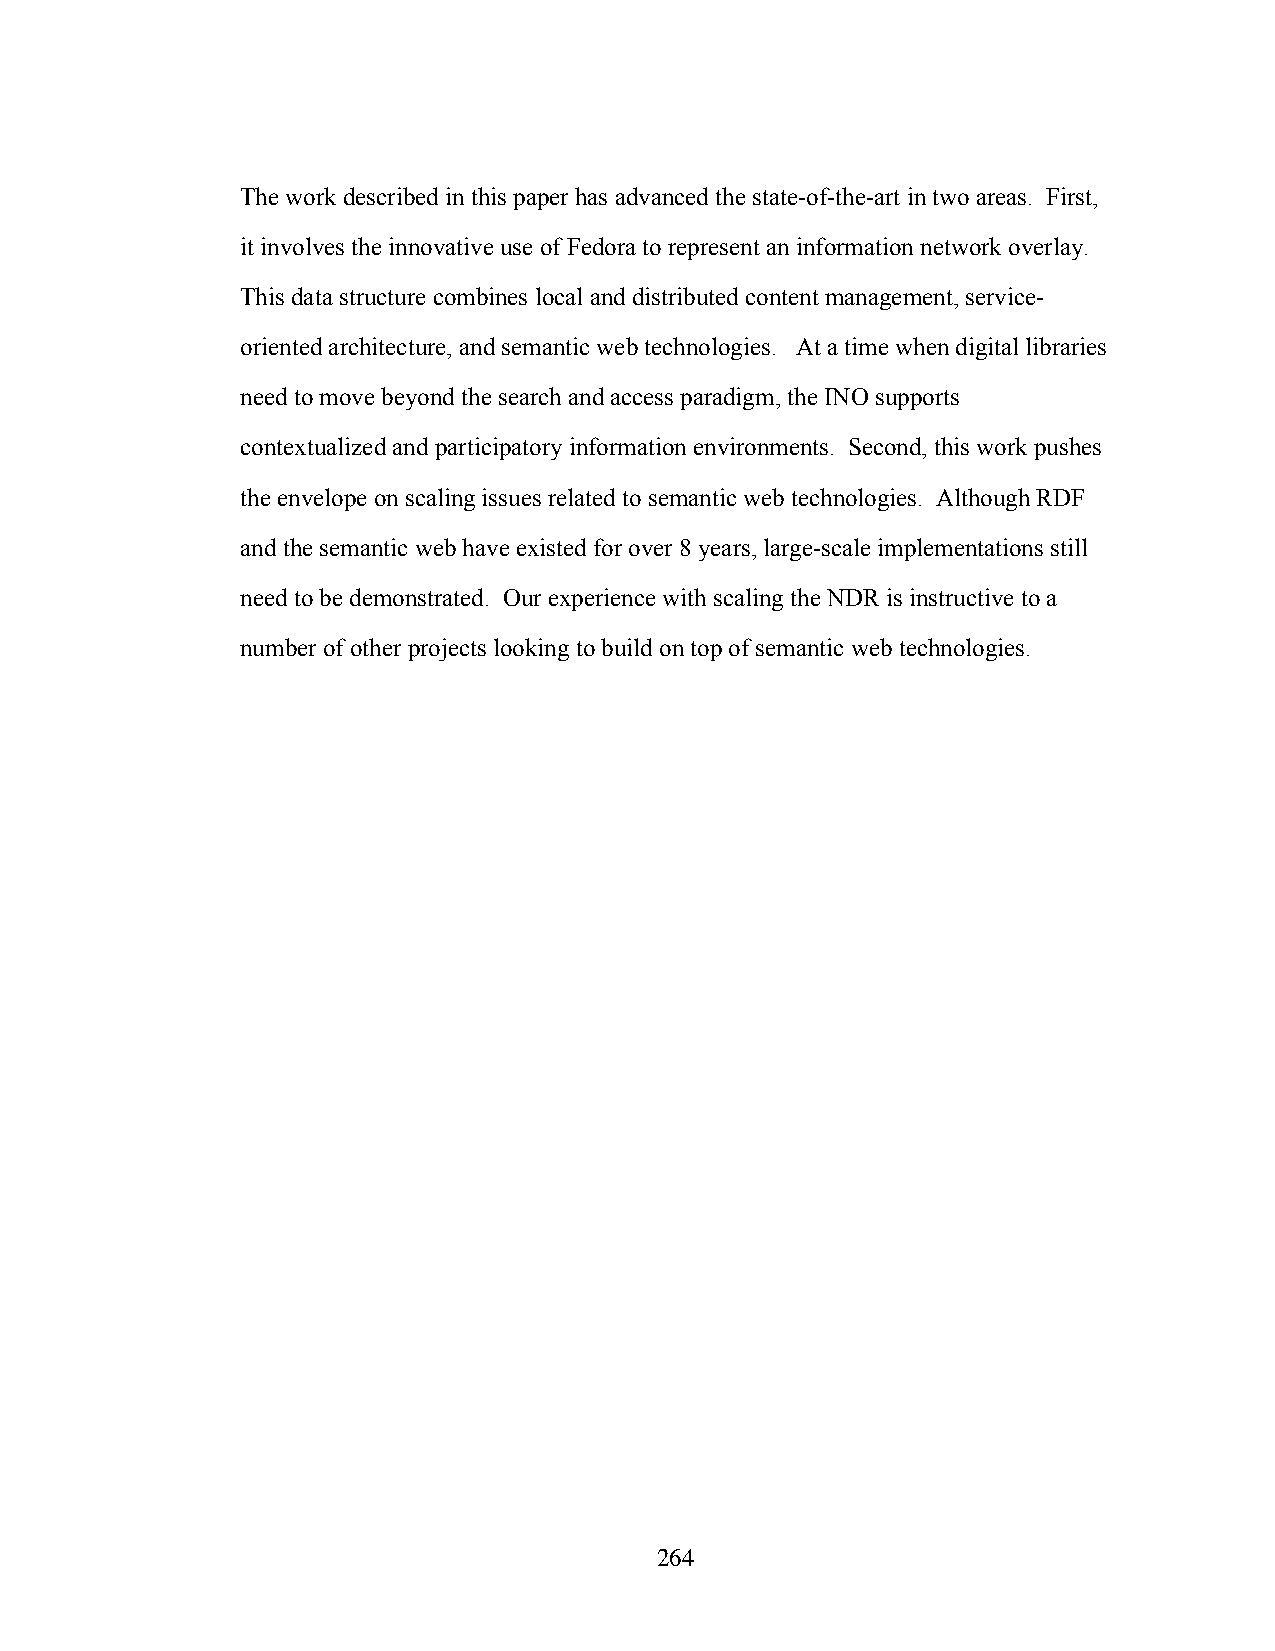
The work described in this paper has advanced the state-of-the-art in two areas. First,
 it involves the innovative use of Fedora to represent an information network overlay.
 This data structure combines local and distributed content management, service-
 oriented architecture, and semantic web technologies. At a time when digital libraries
 need to move beyond the search and access paradigm, the INO supports
 contextualized and participatory information environments. Second, this work pushes
 the envelope on scaling issues related to semantic web technologies. Although RDF
 and the semantic web have existed for over 8 years, large-scale implementations still
 need to be demonstrated. Our experience with scaling the NDR is instructive to a
 number of other projects looking to build on top of semantic web technologies.
 264